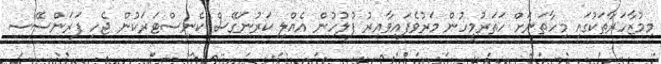
މިމުޒާހަރާތަކުގައި މިހާތަނަށް ހަތަރުމީހުން މަރުވެފައިވާއިރު ފުލުހުން އެއްލި ކަރުނަގޭސް ކެނިސްޓަރަކުން ޖެހި ފަރަންސޭސި